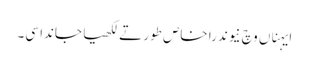
ایہناں وچ نیوندرا خاص طور تے لکھیا جاندا سی۔